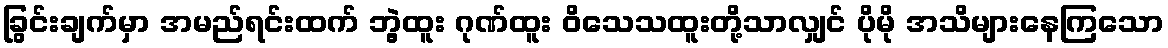
ခြွင်းချက်မှာ အမည်ရင်းထက် ဘွဲ့ထူး ဂုဏ်ထူး ဝိသေသထူးတို့သာလျှင် ပိုမို အသိများနေကြသော